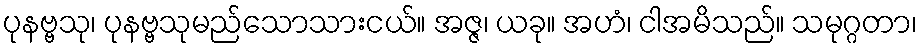
ပုနဗ္ဗသု၊ ပုနဗ္ဗသုမည်သောသားငယ်။ အဇ္ဇ၊ ယခု။ အဟံ၊ ငါအမိသည်။ သမုဂ္ဂတာ၊